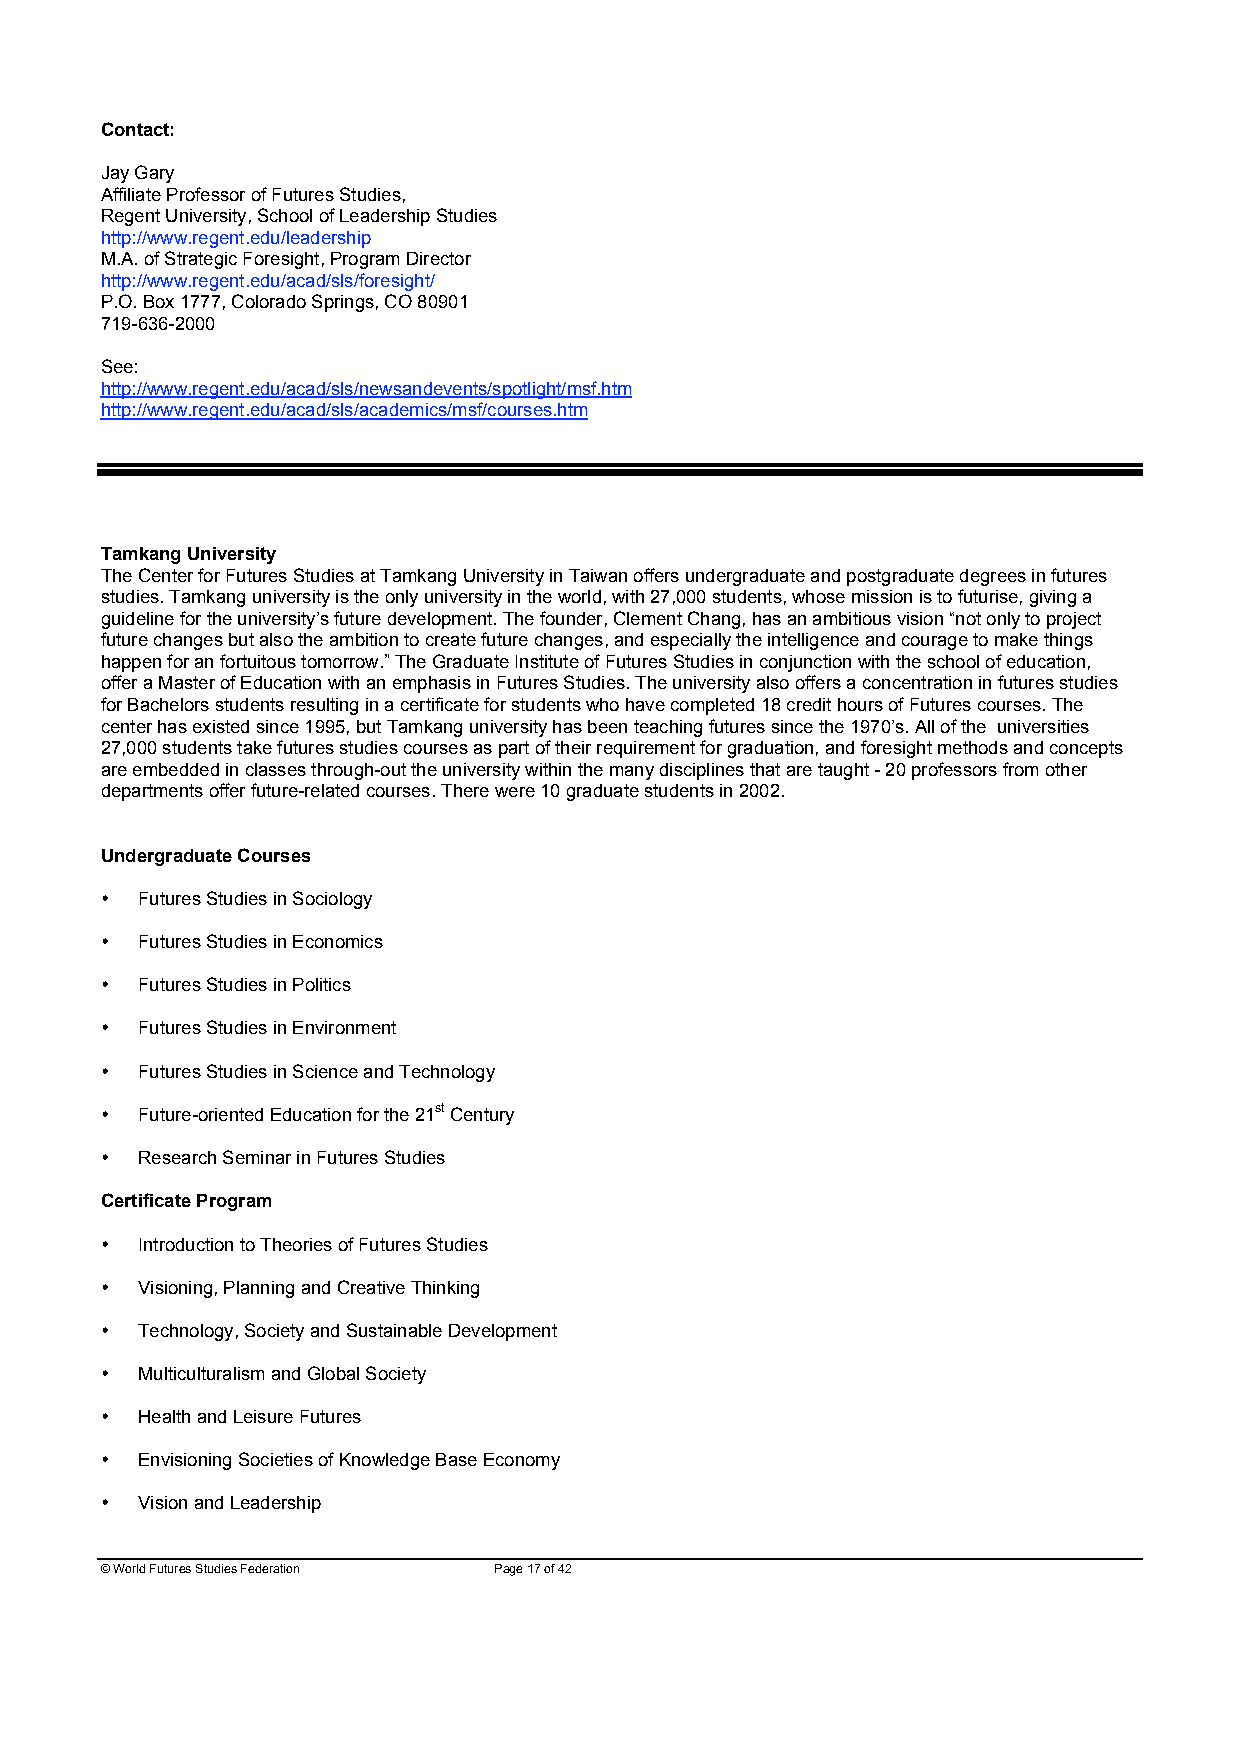
Contact:
 Jay Gary
 Affiliate Professor of Futures Studies,
 Regent University, School of Leadership Studies
 http://www.regent.edu/leadership
 M.A. of Strategic Foresight, Program Director
 http://www.regent.edu/acad/sls/foresight/
 P.O. Box 1777, Colorado Springs, CO 80901
 719-636-2000
 See:
 http://www.regent.edu/acad/sls/newsandevents/spotlight/msf.htm
 http://www.regent.edu/acad/sls/academics/msf/courses.htm
 Tamkang University
 The Center for Futures Studies at Tamkang University in Taiwan offers undergraduate and postgraduate degrees in futures
 studies. Tamkang university is the only university in the world, with 27,000 students, whose mission is to futurise, giving a
 guideline for the university’s future development. The founder, Clement Chang, has an ambitious vision “not only to project
 future changes but also the ambition to create future changes, and especially the intelligence and courage to make things
 happen for an fortuitous tomorrow.” The Graduate Institute of Futures Studies in conjunction with the school of education,
 offer a Master of Education with an emphasis in Futures Studies. The university also offers a concentration in futures studies
 for Bachelors students resulting in a certificate for students who have completed 18 credit hours of Futures courses. The
 center has existed since 1995, but Tamkang university has been teaching futures since the 1970’s. All of the universities
 27,000 students take futures studies courses as part of their requirement for graduation, and foresight methods and concepts
 are embedded in classes through-out the university within the many disciplines that are taught - 20 professors from other
 departments offer future-related courses. There were 10 graduate students in 2002.
 Undergraduate Courses
 • Futures Studies in Sociology
 • Futures Studies in Economics
 • Futures Studies in Politics
 • Futures Studies in Environment
 • Futures Studies in Science and Technology
 • Future-oriented Education for the 21st Century
 • Research Seminar in Futures Studies
 Certificate Program
 • Introduction to Theories of Futures Studies
 • Visioning, Planning and Creative Thinking
 • Technology, Society and Sustainable Development
 • Multiculturalism and Global Society
 • Health and Leisure Futures
 • Envisioning Societies of Knowledge Base Economy
 • Vision and Leadership
 © World Futures Studies Federation Page 17 of 42